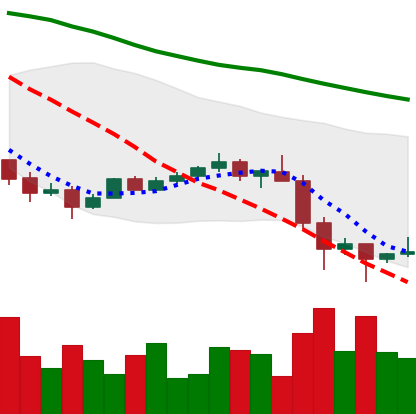
Ticker: TRX-USD
Chart end date: 2022-01-26
Forward return: 5.108%
Label: up_5_7